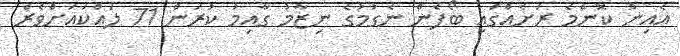
އެއިން ކޮންމެ ރަށެއްގައި ބޯފެން ނެގުމުގެ ނިޒާމު ގާއިމު ކުރަން 71 ލައްކައަށްވެރެ